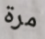
مرة